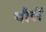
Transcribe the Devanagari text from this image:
पौलें